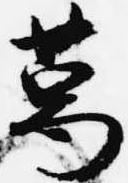
葛